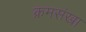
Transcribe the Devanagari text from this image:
क्रमसंखा